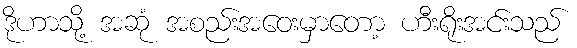
ဒိုဟာသို့ အဆုံ အစည်းအဝေးမှာတော့ ဟီးရိုးအင်းသည်